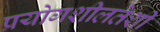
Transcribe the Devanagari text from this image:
प्रयोगशीलतेशी